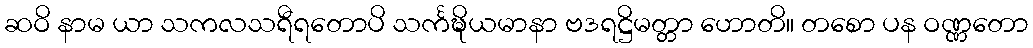
ဆဝိ နာမ ယာ သကလသရီရတောပိ သင်္ကဍ္ဎိယမာနာ ဗဒရဋ္ဌိမတ္တာ ဟောတိ။ တစော ပန ဝဏ္ဏတော